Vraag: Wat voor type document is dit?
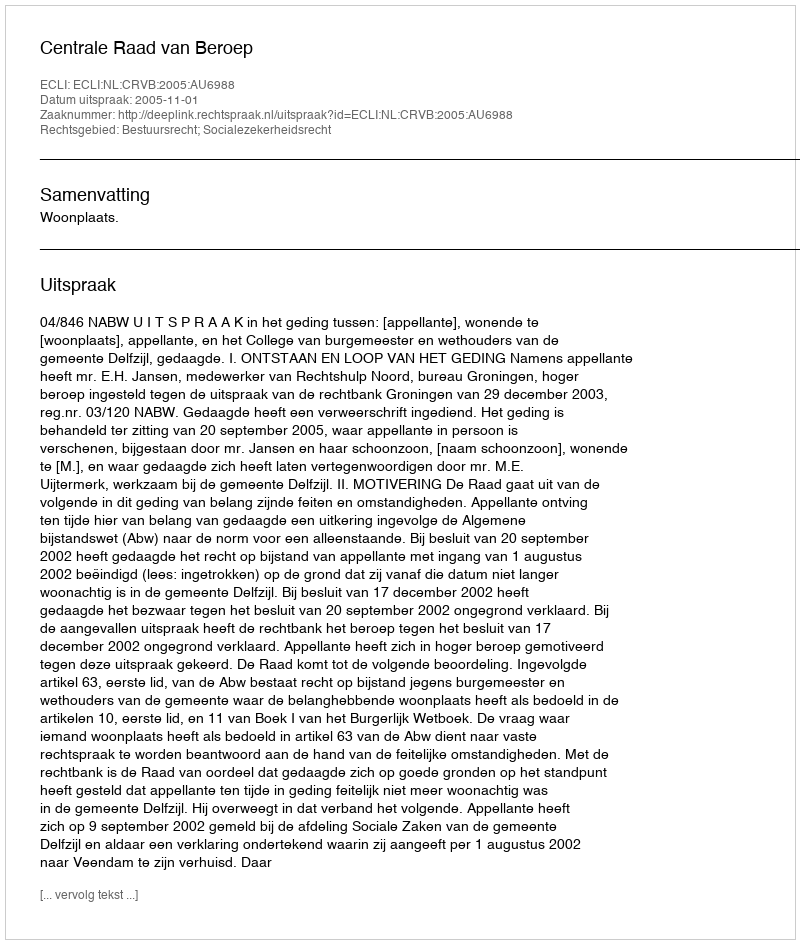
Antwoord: Uitspraak